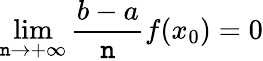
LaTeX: \lim\limits_{\mathtt{n}\rightarrow+\infty}\frac{{b-a}}{{\mathtt{n}}}f(x_{0})=0